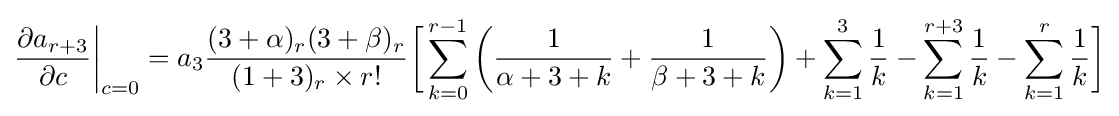
{\frac {\partial a_{r+3}}{\partial c}}{\bigg \vert }_{c=0}=a_{3}{\frac {(3+\alpha )_{r}(3+\beta )_{r}}{(1+3)_{r}\times r!}}{\bigg [}\sum _{k=0}^{r-1}\left({\frac {1}{\alpha +3+k}}+{\frac {1}{\beta +3+k}}\right)+\sum _{k=1}^{3}{\frac {1}{k}}-\sum _{k=1}^{r+3}{\frac {1}{k}}-\sum _{k=1}^{r}{\frac {1}{k}}{\bigg ]}